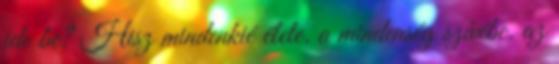
ide be? Hisz mindenkié élete. a mindenség szívébe. az